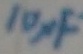
Text: 10µF